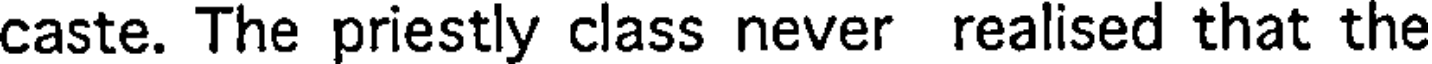
caste. The priestly class never realised that the